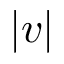
| v |